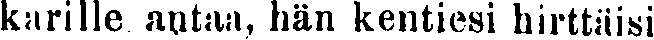
karille antaa, hän kentiesi hirttäisi